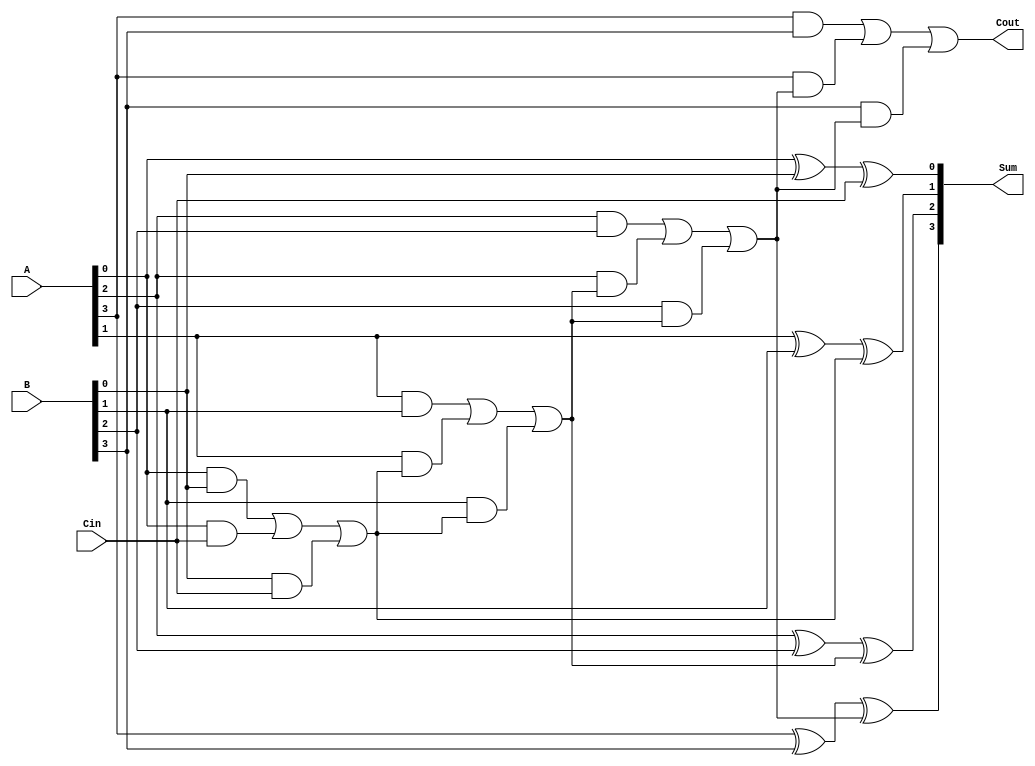
module manchester_carry_chain_adder #(
    parameter WIDTH = 4  // Width of the adder (number of bits)
)(
    input wire [WIDTH-1:0] A,  // First operand
    input wire [WIDTH-1:0] B,  // Second operand
    input wire Cin,             // Carry-in
    output wire [WIDTH-1:0] Sum, // Sum output
    output wire Cout            // Carry-out
);

// Intermediate carry signals
wire [WIDTH:0] carry;

// Generate carry for each stage using Manchester Carry Logic
genvar i;
generate
    for (i = 0; i < WIDTH; i = i + 1) begin : full_adder_stage
        if (i == 0) begin
            // First stage: includes the input carry signal
            assign carry[i] = (A[i] & B[i]) | (A[i] & Cin) | (B[i] & Cin);
            assign Sum[i] = A[i] ^ B[i] ^ Cin;
        end else begin
            // Subsequent stages: uses carry from the previous stage
            assign carry[i] = (A[i] & B[i]) | (A[i] & carry[i-1]) | (B[i] & carry[i-1]);
            assign Sum[i] = A[i] ^ B[i] ^ carry[i-1];
        end
    end
endgenerate

// The final carry-out is the carry from the last stage
assign Cout = carry[WIDTH-1];

endmodule